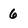
Character: 6